Report on the working of the Ranchi Indian Mental Hospital, Kanke, in Bihar and Orissa - 1930-1940
Year: 1930
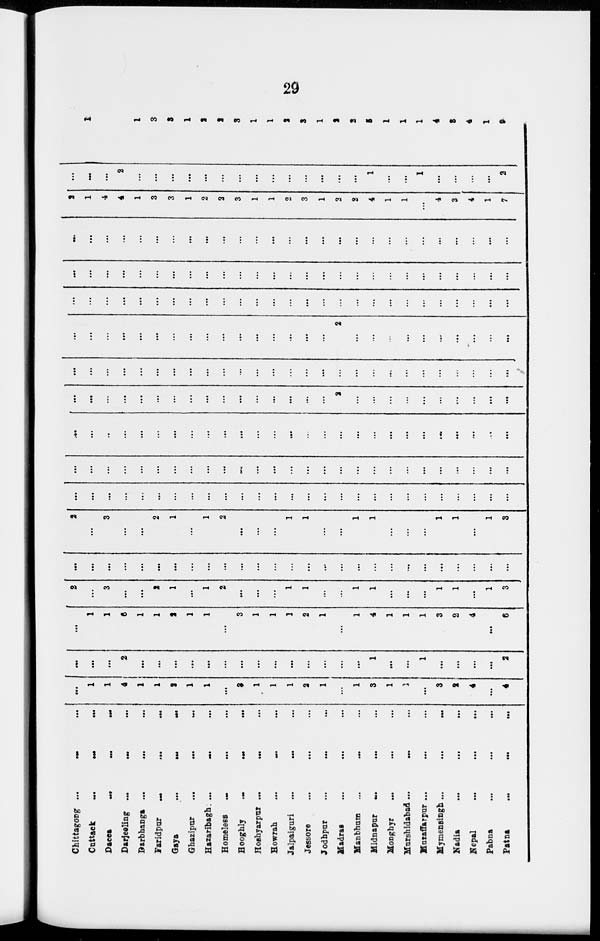
29
Chittagong ...
...
...
Cuttack
...
...
...
Dacca
...
...
...
Darjeeling ...
... ...
Darbhanga ...
... ...
Faridpur
...
... ...
Gaya
...
...
...
Ghazipur
...
... ...
Hazaribagh ...
... ...
Homeless ... ... ...
Hooghly
...
...
...
Hoshyarpur ... ... ...
Howrah
...
... ...
Jalpaiguri
...
... ...
Jessore ... ... ...
Jodhpur ... ... ...
Madras ... ... ...
Manbhum
...
...
...
Midnapur
... ... ...
Monghyr ... ... ...
Murshidabad ...
... ...
Muzaffarpur ...
...
...
Mymensingh
...
...
...
Nadia ... ... ...
Nepal ... ... ...
Pabna ... ... ...
Patna
...
...
...
...
...
...
4
...
...
...
...
...
...
...
...
...
...
...
...
...
1
3
...
...
...
3
2
4
...
4
...
...
...
2
...
...
...
...
...
...
...
...
...
...
...
...
...
...
1
...
...
1
...
...
...
...
2
...
...
...
6
...
...
...
...
...
...
...
...
...
...
...
...
...
1
4
...
...
1
3
2
4
...
6
2
...
3
...
...
2
1
...
1
2
...
...
...
1
1
...
...
1
1
...
...
...
1
1
...
1
3
...
...
...
...
...
...
...
...
...
...
...
...
...
...
...
...
...
...
...
...
...
...
...
...
...
...
...
2
...
3
...
...
2
1
...
1
2
...
...
...
1
1
...
...
1
1
...
...
...
1
1
...
1
3
...
...
...
...
...
...
...
...
...
...
...
...
...
...
...
...
...
...
...
...
...
...
...
...
...
...
...
...
...
...
...
...
...
...
...
...
...
...
...
...
...
...
...
...
...
...
...
...
...
...
...
...
...
...
...
...
...
...
...
...
...
...
...
...
...
...
...
...
...
...
...
...
...
...
...
...
...
...
...
...
...
...
...
...
...
...
...
...
...
...
...
...
...
...
...
...
...
2
...
...
...
...
...
...
...
...
...
...
...
...
...
...
...
...
...
...
...
...
...
...
...
...
...
...
...
...
...
...
...
...
...
...
...
...
...
...
...
...
...
...
...
...
...
...
...
...
...
...
...
...
...
2
...
...
...
...
...
...
...
...
...
...
...
...
...
...
...
...
...
...
...
...
...
...
...
...
...
...
...
...
...
...
...
...
...
...
...
...
...
...
...
...
...
...
...
...
...
...
...
...
...
...
...
...
...
...
...
...
...
...
...
...
...
...
...
...
...
...
...
...
...
...
...
...
...
...
...
...
...
...
...
...
...
...
...
...
...
...
...
...
...
...
...
2
1
4
4
1
3
3
1
2
2
3
1
1
2
3
1
2
2
4
1
1
...
4
3
4
1
7
...
...
...
2
...
...
...
...
...
...
...
...
...
...
...
...
...
...
1
...
...
1
...
...
...
...
2
2
1
4
6
1
3
3
1
2
2
3
1
1
2
3
1
2
2
5
1
1
1
4
3
4
1
9